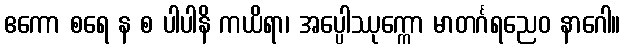
ဧကော စရေ န စ ပါပါနိ ကယိရာ၊ အပ္ပေါဿုက္ကော မာတင်္ဂရညေဝ နာဂေါ။